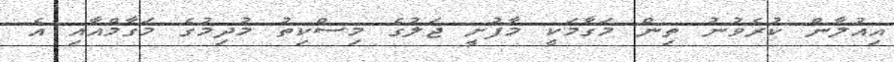
އިއުލާން ކުރެވުނު ތިން މަގާމަކީ މާފުށީ ޖަލުގެ މިސްކިތު މުދިމުގެ މަގާމްއާއި އެ